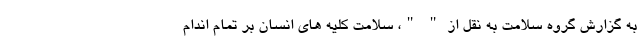
به گزارش گروه سلامت به نقل از " "، سلامت کلیه های انسان بر تمام اندام